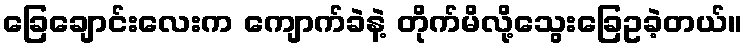
ခြေချောင်းလေးက ကျောက်ခဲနဲ့ တိုက်မိလို့သွေးခြေဥခဲ့တယ်။